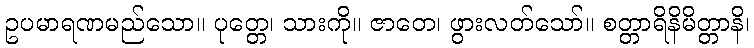
ဥပမာရဏမည်သော။ ပုတ္တေ၊ သားကို။ ဇာတေ၊ ဖွားလတ်သော်။ စတ္တာရိနိမိတ္တာနိ၊